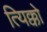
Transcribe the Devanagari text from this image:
त्यिक्को